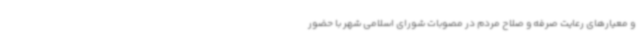
و معیارهای رعایت صرفه و صلاح مردم در مصوبات شورای اسلامی شهر با حضور